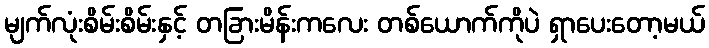
မျက်လုံးစိမ်းစိမ်းနှင့် တခြားမိန်းကလေး တစ်ယောက်ကိုပဲ ရှာပေးတော့မယ်